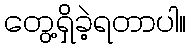
တွေ့ရှိခဲ့ရတာပါ။